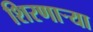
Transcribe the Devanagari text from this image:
शिरणाऱ्या